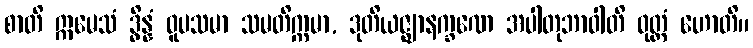
စာတိ ဣမေသံ ဒွိန္နံ ဝူပသမာ သမတိက္ကမာ, ဒုတိယဇ္ဈာနက္ခဏေ အပါတုဘာဝါတိ ဝုတ္တံ ဟောတိ။